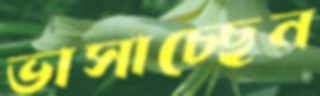
ভাসাচ্ছেন